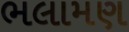
ભલામણ